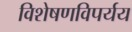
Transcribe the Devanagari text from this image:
विशेषणविपर्यय